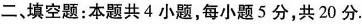
二、填空题:本题共4小题,每小题5分,共20分.